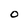
Character: 0